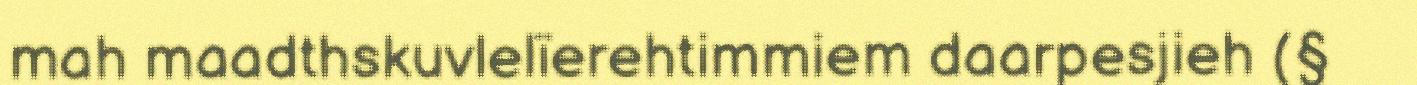
mah maadthskuvlelïerehtimmiem daarpesjieh (§